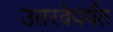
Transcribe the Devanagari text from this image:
उतरवेपर्यंत